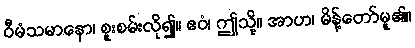
ဝီမံသမာနော၊ စူးစမ်းလို၍။ ဧဝံ၊ ဤသို့။ အာဟ၊ မိန့်တော်မူ၏။